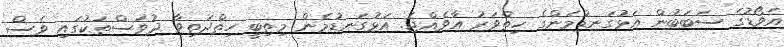
އެވޯޑުގެ ސަބަބުން އަޅުގަނޑުމެންގެ ހިތްވަރު އާވެއްޖެ. އަޅުގަނޑުމެން މިތިބީ ހިތްދަތިވާ ދުވަސްތަކުގައި ވެސް